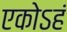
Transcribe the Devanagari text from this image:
एकोऽहं